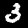
Label: 3